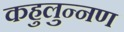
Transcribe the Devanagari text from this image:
कहुलुन्नण